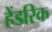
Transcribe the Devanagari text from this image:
हेंडरिक